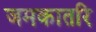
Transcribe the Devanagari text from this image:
जमकातरि